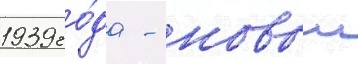
1939 го́да - новыи